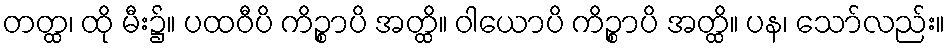
တတ္ထ၊ ထို မီး၌။ ပထဝီပိ ကိဉ္စာပိ အတ္ထိ။ ဝါယောပိ ကိဉ္စာပိ အတ္ထိ။ ပန၊ သော်လည်း။